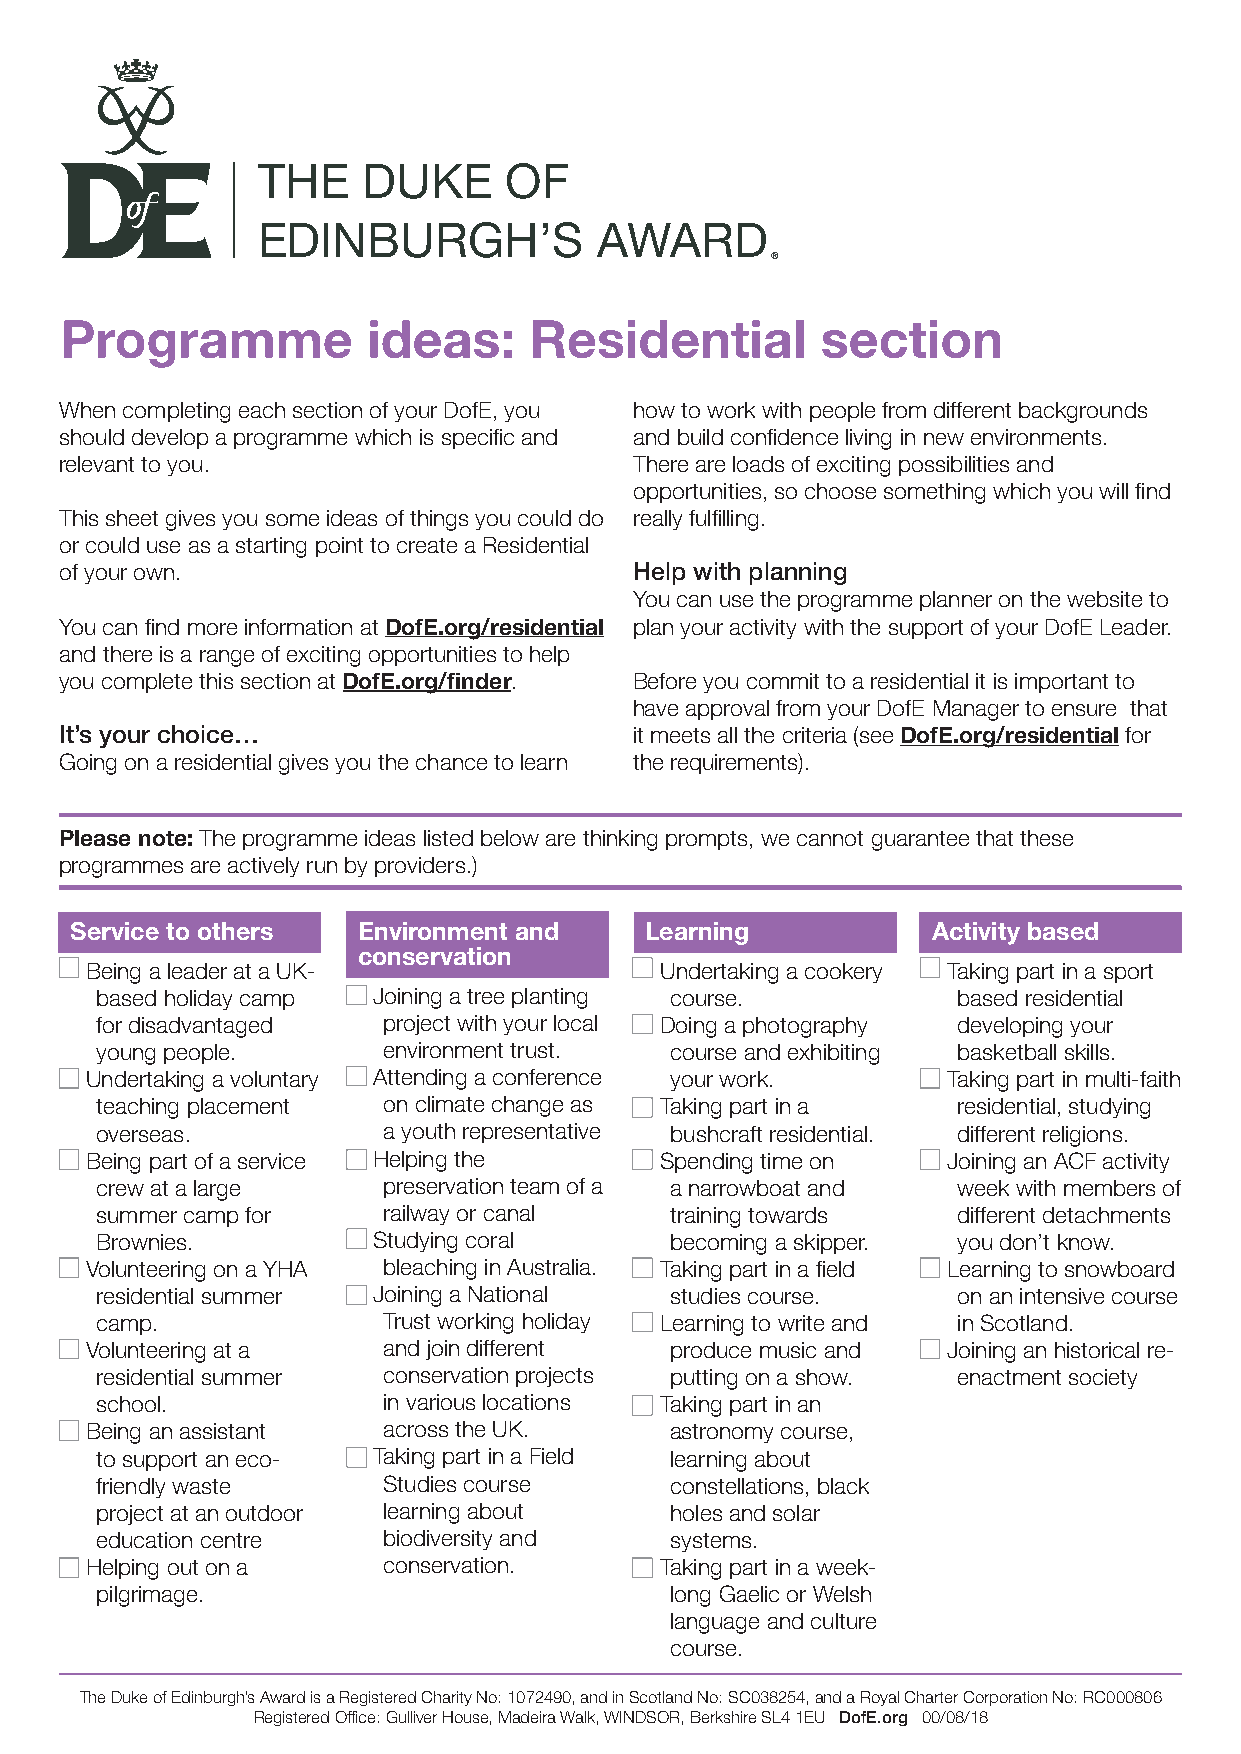
THE    DUKE     OF
 EDINBURGH’S           AWARD
 ®
 Programme           ideas:     Residential        section
 When completing each section of your DofE, you how to work with people from different backgrounds
 should develop a programme which is specific and and build confidence living in new environments.
 relevant to you.                      There are loads of exciting possibilities and
 opportunities, so choose something which you will find
 This sheet gives you some ideas of things you could do really fulfilling.
 or could use as a starting point to create a Residential
 of your own.                          Help with planning
 You can use the programme planner on the website to
 You can find more information at DofE.org/residential plan your activity with the support of your DofE Leader.
 and there is a range of exciting opportunities to help
 you complete this section at DofE.org/finder. Before you commit to a residential it is important to
 have approval from your DofE Manager to ensure that
 It’s your choice…                     it meets all the criteria (see DofE.org/residential for
 Going on a residential gives you the chance to learn the requirements).
 Please note: The programme ideas listed below are thinking prompts, we cannot guarantee that these
 programmes are actively run by providers.)
 Service to others  Environment and    Learning           Activity based
 conservation
 Being a leader at a UK-               Undertaking a cookery Taking part in a sport
 based holiday camp Joining a tree planting course.       based residential
 for disadvantaged  project with your local Doing a photography developing your
 young people.      environment trust. course and exhibiting basketball skills.
 Undertaking a voluntary Attending a conference your work. Taking part in multi-faith
 teaching placement on climate change as Taking part in a residential, studying
 overseas.          a youth representative bushcraft residential. different religions.
 Being part of a service Helping the   Spending time on   Joining an ACF activity
 crew at a large    preservation team of a a narrowboat and week with members of
 summer camp for    railway or canal   training towards   different detachments
 Brownies.          Studying coral     becoming a skipper. you don’t know.
 Volunteering on a YHA bleaching in Australia. Taking part in a field Learning to snowboard
 residential summer Joining a National studies course.    on an intensive course
 camp.              Trust working holiday Learning to write and in Scotland.
 Volunteering at a  and join different produce music and  Joining an historical re-
 residential summer conservation projects putting on a show. enactment society
 school.            in various locations Taking part in an
 Being an assistant across the UK.     astronomy course,
 to support an eco- Taking part in a Field learning about
 friendly waste     Studies course     constellations, black
 project at an outdoor learning about  holes and solar
 education centre   biodiversity and   systems.
 Helping out on a   conservation.      Taking part in a week-
 pilgrimage.                           long Gaelic or Welsh
 language and culture
 course.
 The Duke of Edinburgh’s Award is a Registered Charity No: 1072490, and in Scotland No: SC038254, and a Royal Charter Corporation No: RC000806
 Registered Office: Gulliver House, Madeira Walk, WINDSOR, Berkshire SL4 1EU DofE.org 00/08/18